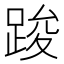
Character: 踆